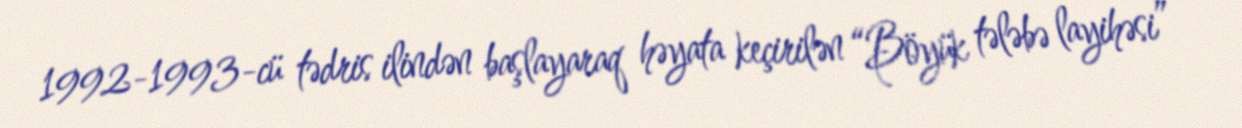
1992-1993-cü tədris ilindən başlayaraq həyata keçirilən “Böyük tələbə layihəsi”